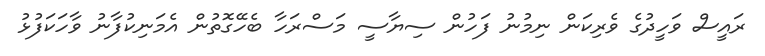
ރައީސް ވަހީދުގެ ވެރިކަން ނިމުނު ފަހުން ސިޔާސީ މަސްރަހާ ބެހޭގޮތުން އެމަނިކުފާނު ވާހަކަފުޅު